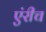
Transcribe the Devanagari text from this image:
एंरीच